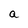
Character: a